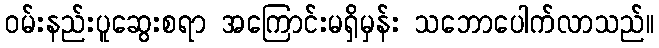
ဝမ်းနည်းပူဆွေးစရာ အကြောင်းမရှိမှန်း သဘောပေါက်လာသည်။